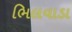
ભિલવાડા